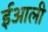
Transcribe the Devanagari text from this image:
ईआली